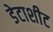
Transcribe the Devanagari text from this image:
डेटाशीट